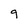
Character: 9